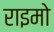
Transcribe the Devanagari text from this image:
राइमो